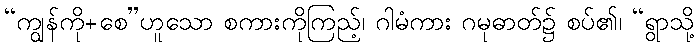
“ကျွန်ကို+စေ”ဟူသော စကားကိုကြည့်၊ ဂါမံကား ဂမုဓာတ်၌ စပ်၏၊ “ရွာသို့